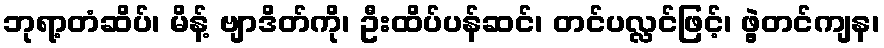
ဘုရာ့တံဆိပ်၊ မိန့် ဗျာဒိတ်ကို၊ ဦးထိပ်ပန်ဆင်၊ တင်ပလ္လင်ဖြင့်၊ ဖွဲ့တင်ကျန၊